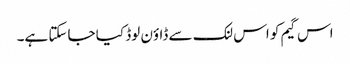
اس گیم کو اس لنک سے ڈاؤن لوڈ کیا جاسکتا ہے۔